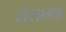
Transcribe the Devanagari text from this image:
रोसामंड